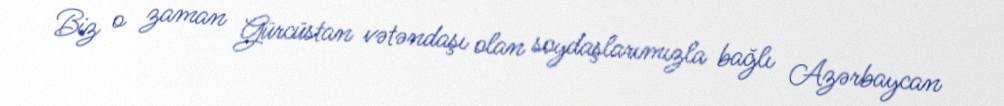
Biz o zaman Gürcüstan vətəndaşı olan soydaşlarımızla bağlı Azərbaycan